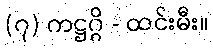
(၇) ကဋ္ဌဂ္ဂိ - ထင်းမီး။